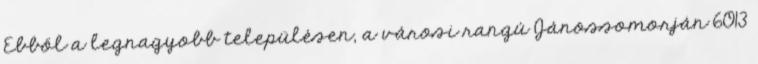
Ebből a legnagyobb településen, a városi rangú Jánossomorján 6013